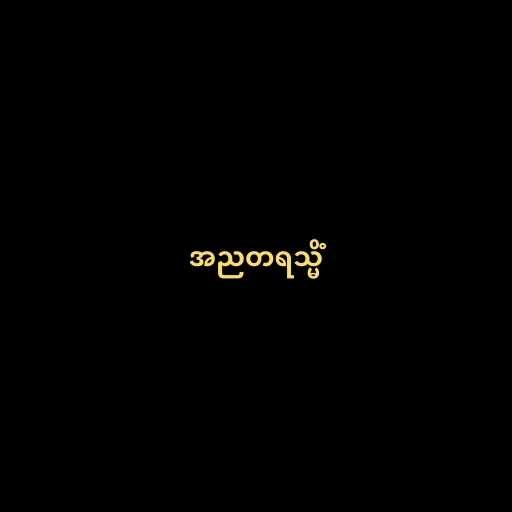
အညတရသ္မိံ